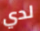
لدي